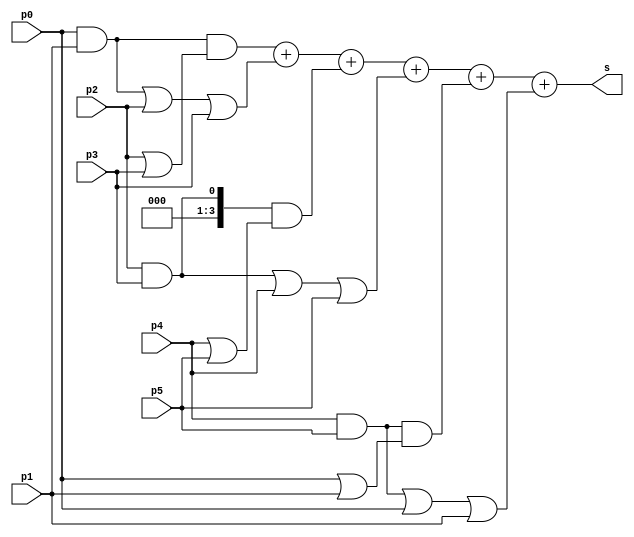
module convcomp63(s,p5,p4,p3,p2,p1,p0);
output wire [3:0]s;
input p5,p4,p3,p2,p1,p0;

assign s =(((p0&p1)&(p2|p3))+ ((p0&p1)|p2|p3)+((p2&p3)&(p4|p5))+ ((p2&p3)|p4|p5)+((p4&p5)&(p0|p1))+((p4&p5)|p0|p1));

endmodule